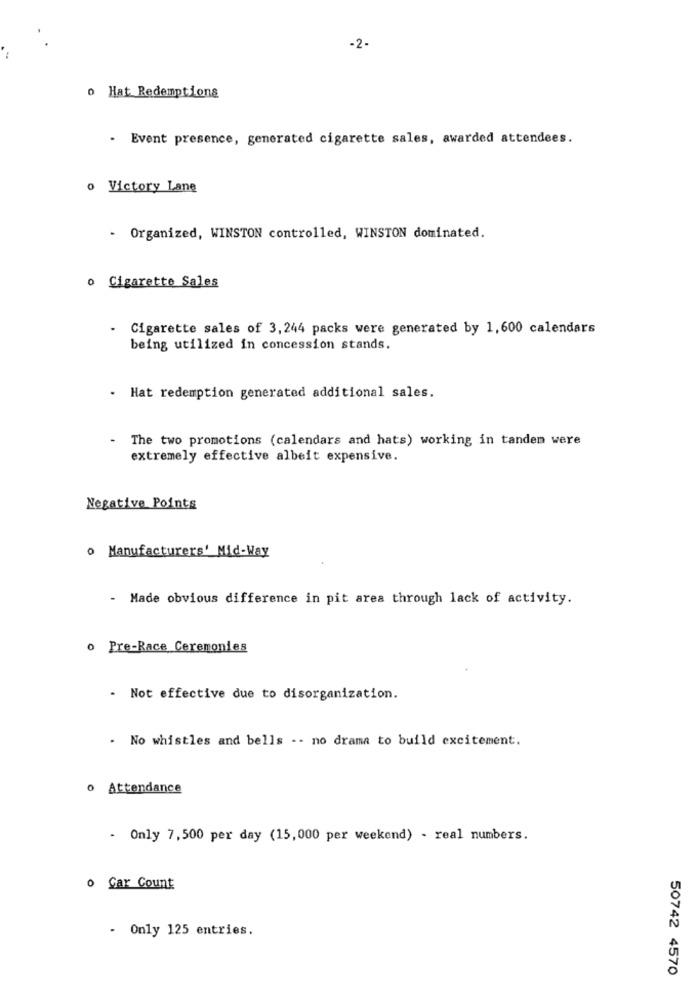
-2.
o Hat Redemptions
- Event presence, generated cigarette sales, awarded attendees.
o Victory Lane
- Organized, WINSTON controlled, WINSTON dominated.
o Cigarette Sales
Cigarette sales of 3,244 packs were generated by 1,600 calendars
being utilized in concession stands.
Hat redemption generated additional sales.
The two promotions (calendars and hats) working in tandem were
extremely effective albeit expensive.
Negative Points
o Manufacturers' Mid-Way
- Made obvious difference in pit area through lack of activity.
o Pre-Race Ceremonies
.
Not effective due to disorganization.
. No whistles and bells -- no drama to build excitement.
o Attendance
- Only 7,500 per day (15,000 per weekend) - real numbers.
o Car Count
- Only 125 entries.
50742 4570